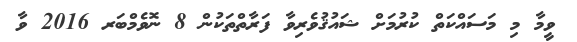
ވީމާ މި މަސައްކަތް ކުރުމަށް ޝައުޤުވެރިވާ ފަރާތްތަކުން 8 ނޮވެމްބަރ 2016 ވާ